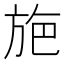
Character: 𭤸